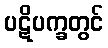
ပဋိပက္ခတွင်